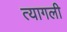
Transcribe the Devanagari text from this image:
त्यागली